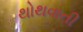
થોથવાતી